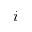
i